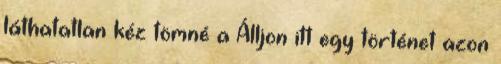
láthatatlan kéz tömné a Álljon itt egy történet azon